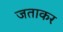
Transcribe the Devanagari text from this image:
जताकर